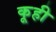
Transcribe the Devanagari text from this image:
कूही